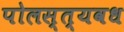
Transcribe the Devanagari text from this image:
पोलस्त्यवध